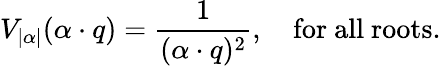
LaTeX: V_{|\alpha|}(\alpha\cdot q)={\frac{1}{(\alpha\cdot q)^{2}}},\quad\mathrm{for~all~roots}.